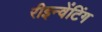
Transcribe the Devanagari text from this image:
रीइन्वेंटिंग